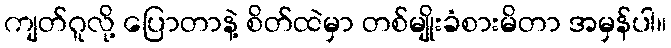
ကျတ်ဂူလို့ ပြောတာနဲ့ စိတ်ထဲမှာ တစ်မျိုးခံစားမိတာ အမှန်ပါ။